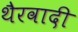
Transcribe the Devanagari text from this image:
थैरवादी